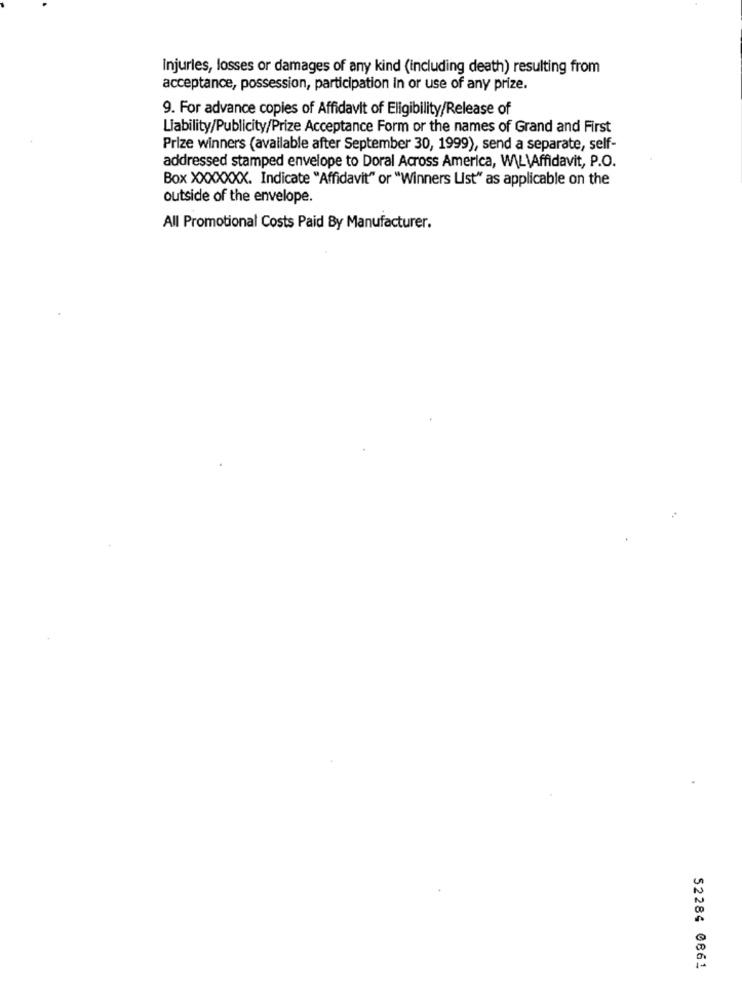
Injurles, losses or damages of any kind (including death) resulting from
acceptance, possession, participation in or use of any prize.
9. For advance copies of Affidavit of Eligibility/Release of
Liability/Publicity/Prize Acceptance Form or the names of Grand and First
Prize winners (available after September 30, 1999), send a separate, self-
addressed stamped envelope to Doral Across America, W\L\Affidavit, P.O.
Box XXXXXXX. Indicate "Affidavit" or "Winners List" as applicable on the
outside of the envelope.
All Promotional Costs Paid By Manufacturer.
52284 0861